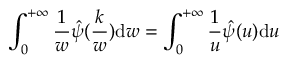
\int _ { 0 } ^ { + \infty } \frac { 1 } { w } \hat { \psi } ( \frac { k } { w } ) \mathrm { d } w = \int _ { 0 } ^ { + \infty } \frac { 1 } { u } \hat { \psi } ( u ) \mathrm { d } u